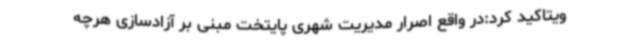
ویتاکید کرد:در واقع اصرار مدیریت شهری پایتخت مبنی بر آزادسازی هرچه